Lunatic asylums in Bengal annual reports 1899-1911 - 1899-1911
Year: 1899
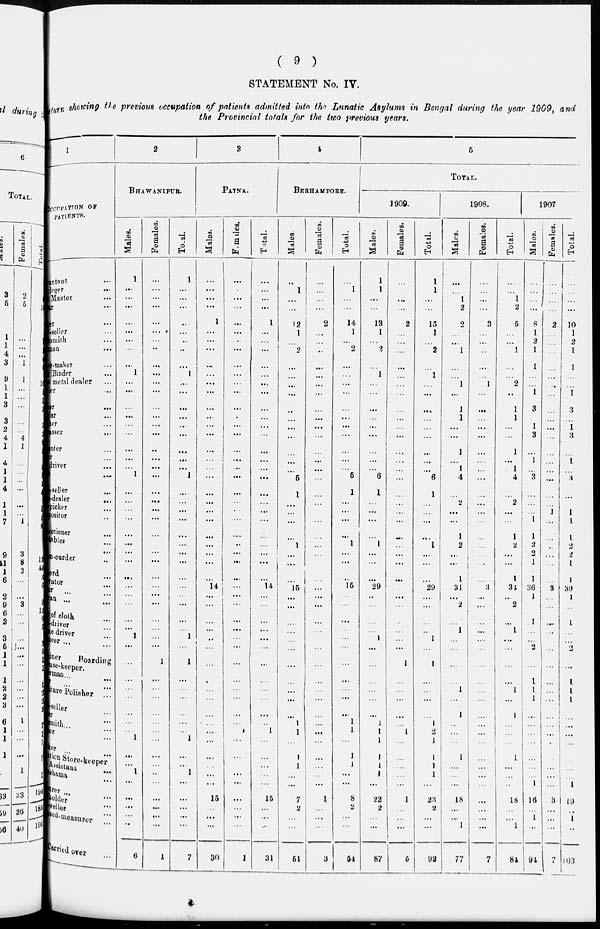
( 9 )
STATEMENT No. IV.
Return showing the previous occupation of patients admitted into the Lunatic Asylums in Bengal during the year 1909, and
the Provincial totals for the two previous years.
1
OCCUPATION OF
PATIENTS.
mntant ...
loger ...
Master ...
tar ...
ger ...
l-seller ...
ksmith ...
iman
...
er-Maker ...
k Binder ...
is metal dealer ...
ier ...
jer
...
lar ...
her ...
asser ...
enter ...
er ...
driver ...
t ...
-seller ...
-dealer
...
picker ...
positor ...
ectioner ...
tables ...
...
on-curder ...
erd ...
vator ...
or ... ...
an ... ...
r of cloth ...
-driver ...
ne driver ...
neer ... ...
iner
Boarding
use-keeper.
man ... ...
r ... ...
irure Polisher ...
seller ... ...
er ... ...
smith ... ...
er ... ...
ker ... ...
ation
Store-keeper
Assistant ...
urer ... ...
holder ... ...
seller ...
sed-measurer
...
Carried over ...
2
BHAWANIPUR.
Males.
1
...
...
...
...
...
...
...
...
1
...
...
...
...
...
...
...
...
...
1
...
...
...
...
...
...
...
...
...
...
...
...
...
...
1
...
...
...
...
...
...
...
...
1
...
...
1
...
...
...
...
...
6
Females.
...
...
...
...
...
...
...
...
...
...
...
...
...
...
...
...
...
...
...
...
...
...
...
...
...
...
...
...
...
...
...
...
...
...
...
...
1
...
...
...
...
...
...
...
...
...
...
...
...
...
...
...
1
Total.
1
...
...
...
...
...
...
...
...
1
...
...
...
...
...
...
...
...
...
1
...
...
...
...
...
...
...
...
...
...
...
...
...
...
1
...
1
...
...
...
...
...
...
1
...
...
1
...
...
...
...
...
7
3
PATNA.
Males.
...
...
...
...
1
...
...
...
...
...
...
...
...
...
...
...
...
...
...
...
...
...
...
...
...
...
...
...
...
14
...
...
...
...
...
...
...
...
...
...
...
...
...
...
...
...
...
...
15
...
...
...
30
Females.
...
...
...
...
...
...
...
...
...
...
...
...
.
...
...
...
...
...
...
...
...
...
...
...
...
...
...
...
...
...
...
...
...
...
...
...
...
...
...
...
...
1
...
...
...
...
...
...
...
...
...
1
Total.
...
...
...
...
1
...
...
...
...
...
...
...
...
...
...
...
...
...
...
...
...
...
...
...
...
...
...
...
...
14
...
...
...
...
...
...
...
...
...
...
...
...
1
...
...
...
...
...
15
...
...
...
31
4
BERHAMPORE.
Males.
...
1
...
...
12
1
...
2
...
...
...
...
...
...
...
...
...
...
...
5
1
...
...
...
...
1
...
...
...
15
...
...
...
...
...
...
...
...
...
...
...
1
1
...
1
1
...
...
7
2
...
...
51
Females.
...
...
...
...
2
...
...
...
...
...
...
...
...
...
...
...
...
...
...
...
...
...
...
...
...
...
...
...
...
...
...
...
...
...
...
...
...
...
...
...
...
...
...
...
...
...
...
...
1
...
...
...
3
Total.
...
1
...
...
14
1
...
2
...
...
...
...
...
...
...
...
...
...
...
5
1
...
...
...
...
1
...
...
...
15
...
...
...
...
...
...
...
...
...
...
...
1
1
...
1
1
...
...
8
2
...
...
54
5
TOTAL.
1909.
Males.
1
1
...
...
13
1
...
2
...
1
...
...
...
...
...
...
...
...
...
6
1
...
...
...
...
1
...
...
...
29
...
...
...
...
1
...
...
...
...
...
...
1
1
1
1
1
1
...
22
2
...
...
87
Females.
...
...
...
...
2
...
...
...
...
...
...
...
...
...
...
...
...
...
...
...
...
...
...
...
...
...
...
...
...
...
...
...
...
...
...
...
1
...
...
...
...
...
1
...
...
...
...
...
1
...
...
...
5
Total.
1
1
...
...
15
1
...
2
...
1
...
...
...
...
...
...
...
...
...
6
1
...
...
...
...
1
...
...
...
29
...
...
...
...
1
...
1
...
...
...
...
1
2
1
1
1
1
...
23
2
...
...
92
1908.
Males.
...
...
1
2
2
...
...
1
...
...
1
...
1
1
...
...
1
...
1
4
...
2
...
...
1
2
...
...
1
31
...
2
...
1
...
...
...
...
1
...
1
...
...
...
1
...
...
...
18
...
... 1
77
Females.
...
...
...
...
3
...
...
...
...
...
1
...
...
...
...
...
...
...
...
...
...
...
...
...
...
...
...
...
...
3
...
...
...
...
...
...
...
...
...
...
...
...
...
...
...
...
...
...
...
...
...
...
7
Total.
...
...
1
2
5
...
...
1
...
...
2
...
1
1
...
...
1
...
1
4
...
2
...
...
1
2
...
...
1
34
...
2
...
1
...
...
...
...
1
...
1
...
...
...
1
...
...
...
18
...
... 1
84
1907
Males.
...
...
...
...
8
1
2
1
1
...
...
1
3
...
1
3
...
1
...
3
...
...
...
1
1
2
2
1
1
36
1
...
1
...
...
2
... 1
1
1
...
...
...
...
...
...
...
1
16
...
1
...
94
Females.
...
...
...
...
2
...
...
...
...
...
...
...
...
...
...
...
...
...
...
....
...
...
1
...
...
...
...
...
...
3
...
...
...
...
...
...
...
...
...
...
...
...
...
...
...
...
...
...
3
...
...
...
7
Total.
...
...
...
...
10
1
2
1
1
...
...
1
3
...
1
3
...
1
...
3
...
...
1
1
1
2
2
1
1
39
1
...
1
...
...
2
... 1
1
1
...
...
...
...
...
...
...
1
19
...
1
...
103